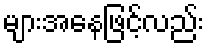
များအနေဖြင့်လည်း